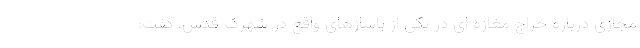
مجازی درباره حراج مغازه ای در یکی از پاساژهای واقع در شهرک قدس، گفت: